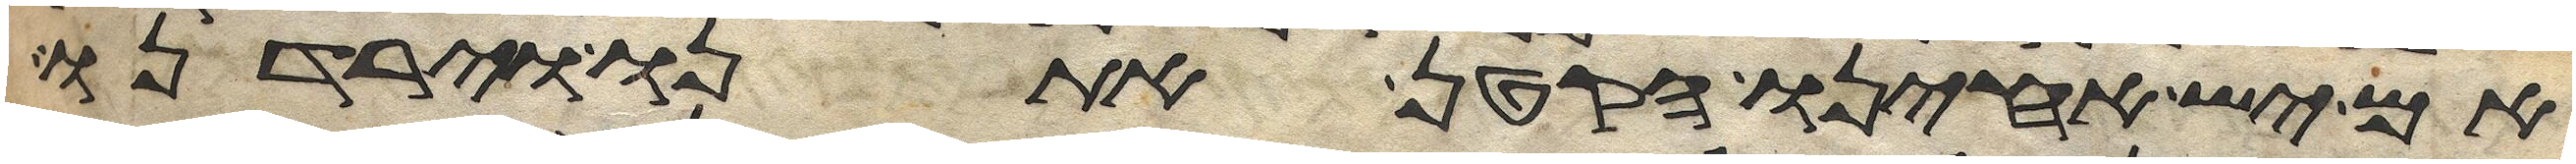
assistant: אם יש אחינו הקטן אתנו וירדנו